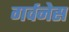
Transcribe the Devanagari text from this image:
गर्वनेस